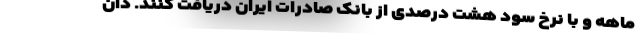
ماهه و با نرخ سود هشت درصدی از بانک صادرات ایران دریافت کنند. دان